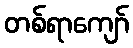
တစ်ရာကျော်